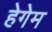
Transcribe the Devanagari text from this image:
हेगेम